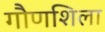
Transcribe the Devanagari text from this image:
गौणशिला